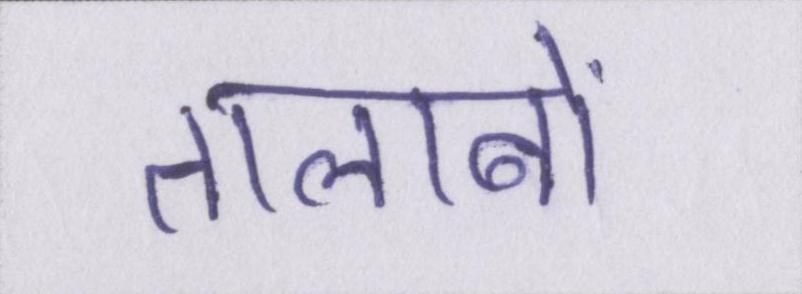
तालाबों